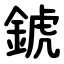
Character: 錿